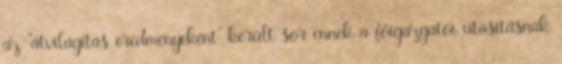
az “átvilágítás eredményeként” került sor ennek a főigazgatói utasításnak